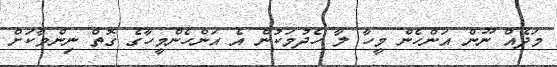
މަދެއް ނޫން އަންހެން މީހާ ލާ ހެދުމަކުން އެ އަންހެންމީހާގެ ގޮތް ނިންމާކަށް